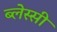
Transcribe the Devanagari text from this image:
ब्लेस्सी